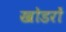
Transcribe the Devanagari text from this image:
खोडरों